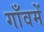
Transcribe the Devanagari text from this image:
गाँवमें